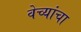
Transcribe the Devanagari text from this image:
वेच्यांचा